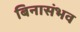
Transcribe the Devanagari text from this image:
बिनासंभव